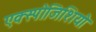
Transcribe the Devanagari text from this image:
एक्स्पोजिशियो